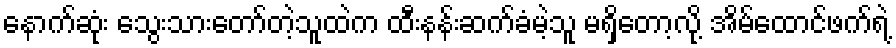
နောက်ဆုံး သွေးသားတော်တဲ့သူထဲက ထီးနန်းဆက်ခံမဲ့သူ မရှိတော့လို့ အိမ်ထောင်ဖက်ရဲ့